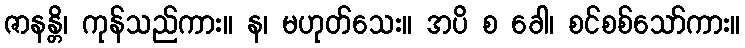
ဇာနန္တိ၊ ကုန်သည်ကား။ န၊ မဟုတ်သေး။ အပိ စ ခေါ၊ စင်စစ်သော်ကား။